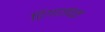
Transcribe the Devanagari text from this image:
ढिगाजवळ